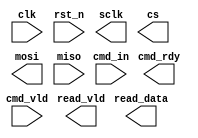
module SPI #(
  parameter CMD_WIDTH  = 12,
  parameter READ_WIDTH = 8
) (
  input                   clk      ,
  input                   rst_n    ,
  input  [ CMD_WIDTH-1:0] cmd_in   ,
  output                  cmd_rdy  ,
  input                   cmd_vld  ,
  output                  sclk     ,
  output                  cs       ,
  output                  mosi     ,
  input                   miso     ,
  output                  read_vld ,
  output [READ_WIDTH-1:0] read_data
);
reg [3:0] fsm_cs;
reg [3:0] fsm_ns;

always @(posedge clk or negedge rst_n) begin
    
end



endmodule